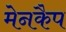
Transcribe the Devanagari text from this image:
मेनकैप